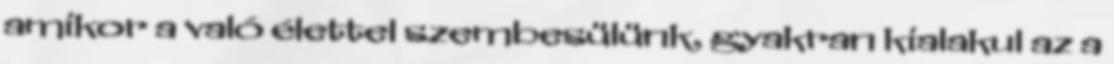
amikor a való élettel szembesülünk, gyakran kialakul az a